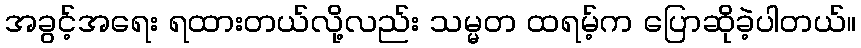
အခွင့်အရေး ရထားတယ်လို့လည်း သမ္မတ ထရမ့်က ပြောဆိုခဲ့ပါတယ်။